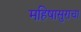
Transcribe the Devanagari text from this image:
महिषासुराचा